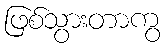
ဖြစ်သွားတာကွ